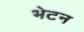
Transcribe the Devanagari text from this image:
भेटन